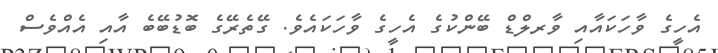
އެހީގެ ވާހަކައާއި ވާރލްޑް ބޭންކުގެ އެހީގެ ވާހަކައެވެ. ގޭތެރޭގެ ބޮޑުބޭބެ އާއި އެއްވެސް